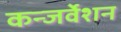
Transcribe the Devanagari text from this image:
कन्जर्वेशन